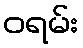
ဝရမ်း